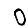
Digit: 0